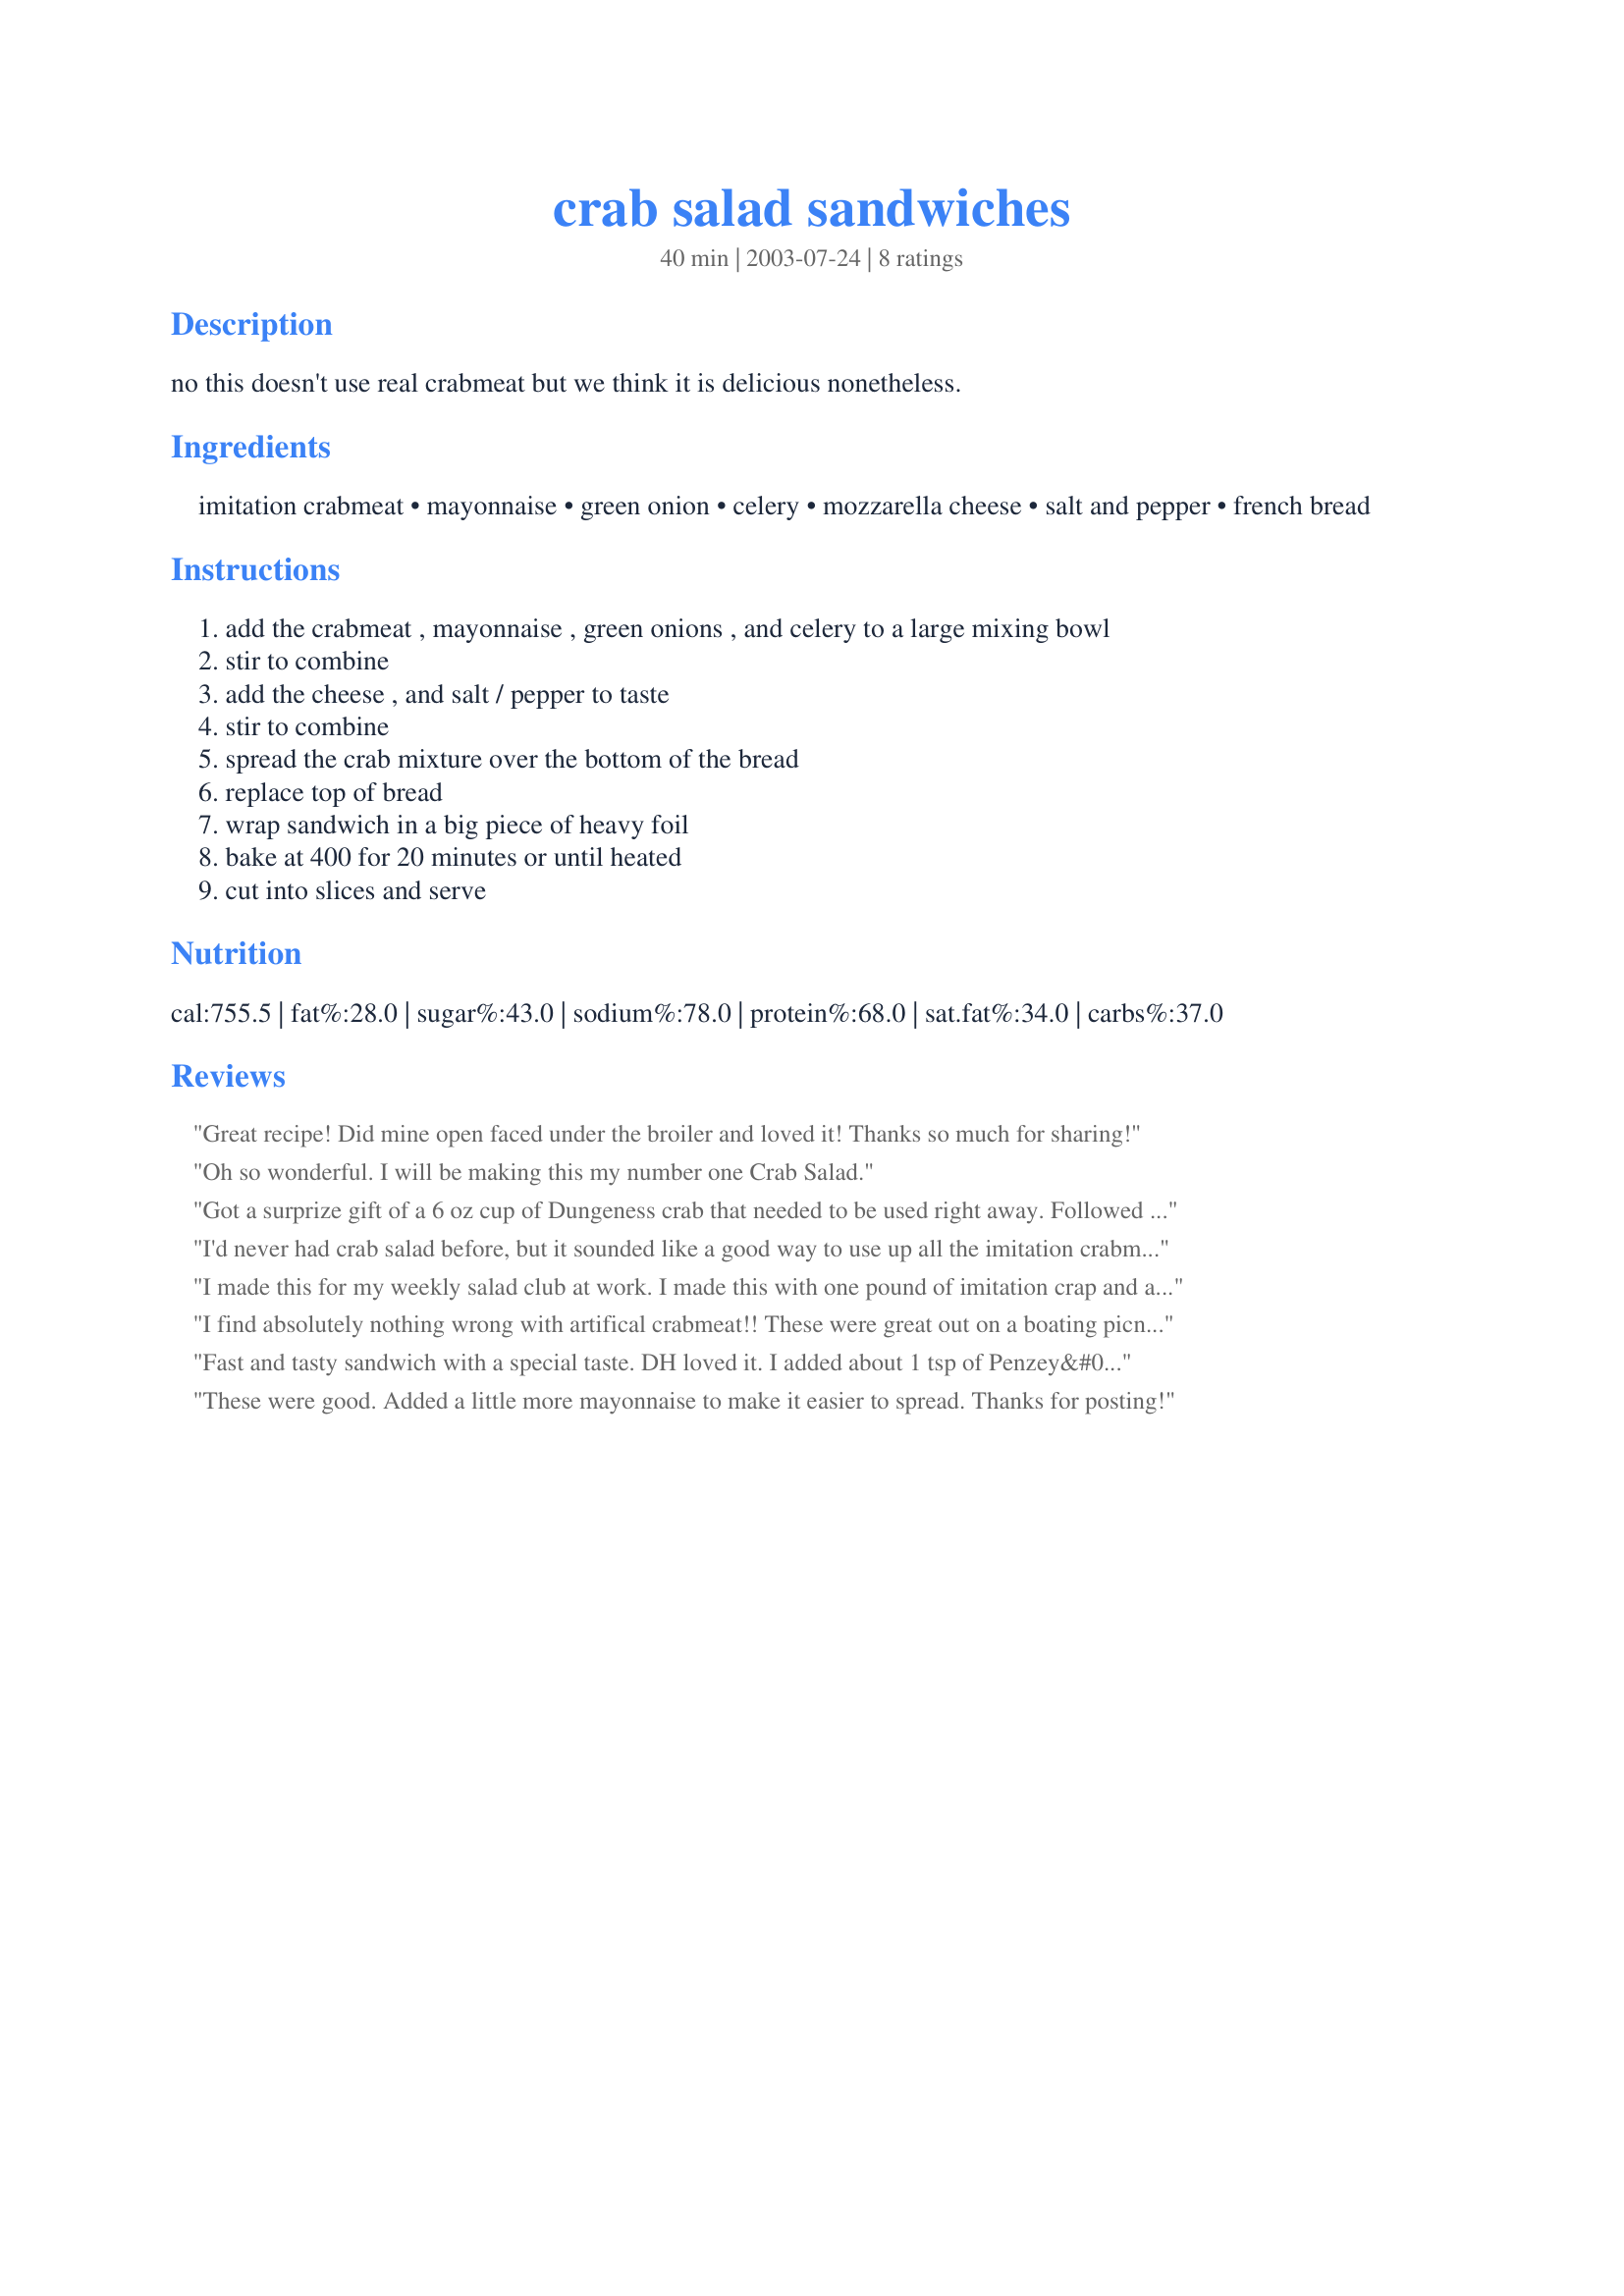
crab salad sandwiches
Preparation time: 40 minutes

no this doesn't use real crabmeat but we think it is delicious nonetheless.

Ingredients:
imitation crabmeat, mayonnaise, green onion, celery, mozzarella cheese, salt and pepper, french bread

Steps:
add the crabmeat , mayonnaise , green onions , and celery to a large mixing bowl, stir to combine, add the cheese , and salt / pepper to taste, stir to combine, spread the crab mixture over the bottom of the bread, replace top of bread, wrap sandwich in a big piece of heavy foil, bake at 400 for 20 minutes or until heated, cut into slices and serve

Reviews:
Great recipe! Did mine open faced under the broiler and loved it! Thanks so much for sharing!
Oh so wonderful. I will be making this my number one Crab Salad.
Got a surprize gift of a 6 oz cup of Dungeness crab that needed to be used right away. Followed your reduced recipe w/ lowfat versions, spread it on Wasa (substantial wholegrain sandwich-sized crackers) and popped them under the broiler for a couple of minutes. Lunch fit for a princess! Soooo good, proportions are perfect.
I'd never had crab salad before, but it sounded like a good way to use up all the imitation crabmeat I bought on sale last week. I didn't want to serve it all at once, so I combined all the ingredients and baked in a casserole dish at 400 for about 15 minutes. Then I spooned some onto toasted bread and put the rest in the refrigerator for quick lunches. We will be making this again--its very good and very simple to throw together. Thanks for the new recipe!
I made this for my weekly salad club at work. I made this with one pound of imitation crap and also one lb of baby shrimp. I doubled all the ingredients since I was doubling the meat. I also added 2 cups of finely shredded cheddar (that is what I had on hand), but the cheese gave it some color. I severed this very cold on croissants and it was very good. I will make this part of my rotation. Thank you for sharing your recipe.
I find absolutely nothing wrong with artifical crabmeat!! These were great out on a boating picnic. Hot day, cold beer, good food. . . . can't loose!!
Fast and tasty sandwich with a special taste. DH loved it. I added about 1 tsp of Penzey&#039;s Fox Point seasoning. And it made a ton of filling. I did not end up putting all of it on my loaf of french bread.
These were good. Added a little more mayonnaise to make it easier to spread. Thanks for posting!
